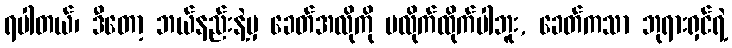
ရပါတယ်၊ ဒီတော့ ဘယ်နည်းနဲ့မှ ခေတ်အလိုကို မလိုက်ထိုက်ပါဘူး, ခေတ်ကသာ ဘုရားရှင်ရဲ့